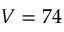
V = 7 4